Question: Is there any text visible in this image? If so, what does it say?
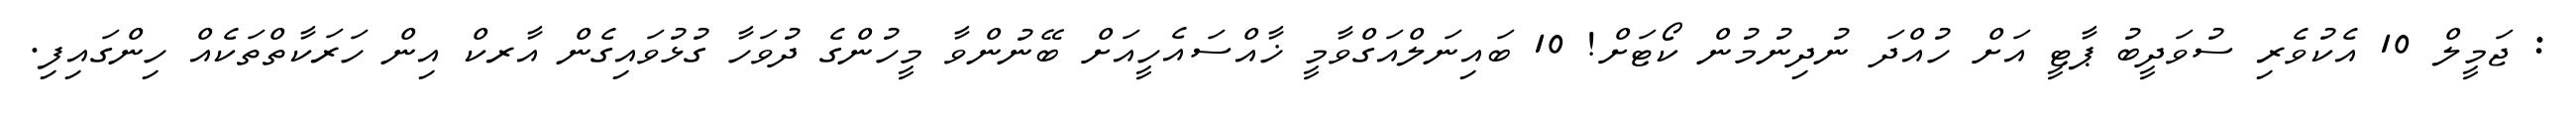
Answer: : ޖަމީލް 10 އެކުވެރި ސުވަދީބު ޕާޓީ އަށް ހުއްދަ ނުދިނުމުން ކޯޓަށް! 10 ބައިނަލްއަގްވާމީ ޚާއްސައެހީއަށް ބޭނުންވާ މީހުންގެ ދުވަހާ ގުޅުވައިގެން އާރކް އިން ހަރަކާތްތަކެއް ހިންގައިފި.